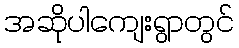
အဆိုပါကျေးရွာတွင်